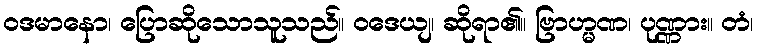
ဝဒမာနော၊ ပြောဆိုသောသူသည်။ ဝဒေယျ၊ ဆိုရာ၏။ ဗြာဟ္မဏ၊ ပုဏ္ဏား။ တံ၊